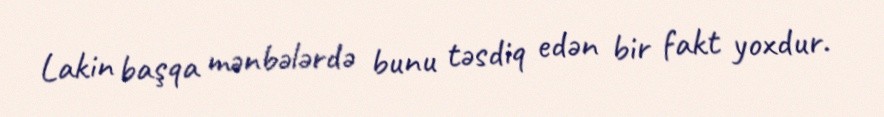
Lakin başqa mənbələrdə bunu təsdiq edən bir fakt yoxdur.